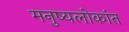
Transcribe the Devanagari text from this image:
मनुष्यलोकांत